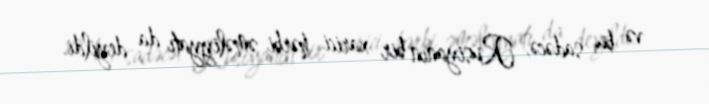
və bu, sadəcə, Rusiyanın bir xarici hərbi əməliyyatı da deyildi.